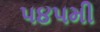
૫૪૫મી